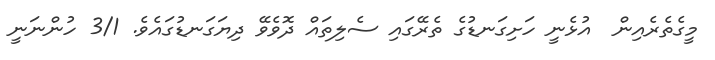
މީގެތެރެއިން  އުޅެނީ ހަށިގަނޑުގެ ތެރޭގައި ސެލިތައް ދޮވެވޭ ދިޔަގަނޑުގައެވެ. 3/1 ހުންނަނީ